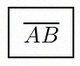
\overline{AB}